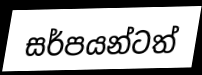
සර්පයන්ටත්